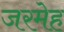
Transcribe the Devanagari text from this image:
जरमेह